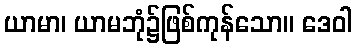
ယာမာ၊ ယာမဘုံ၌ဖြစ်ကုန်သော။ ဒေဝါ